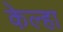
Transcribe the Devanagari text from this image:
केल्हा